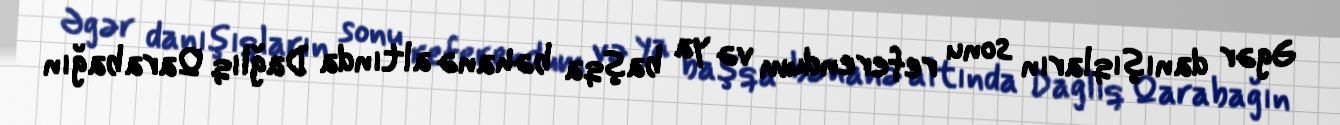
Əgər danışıqların sonu referendum və ya başqa bəhanə altında Dağlıq Qarabağın